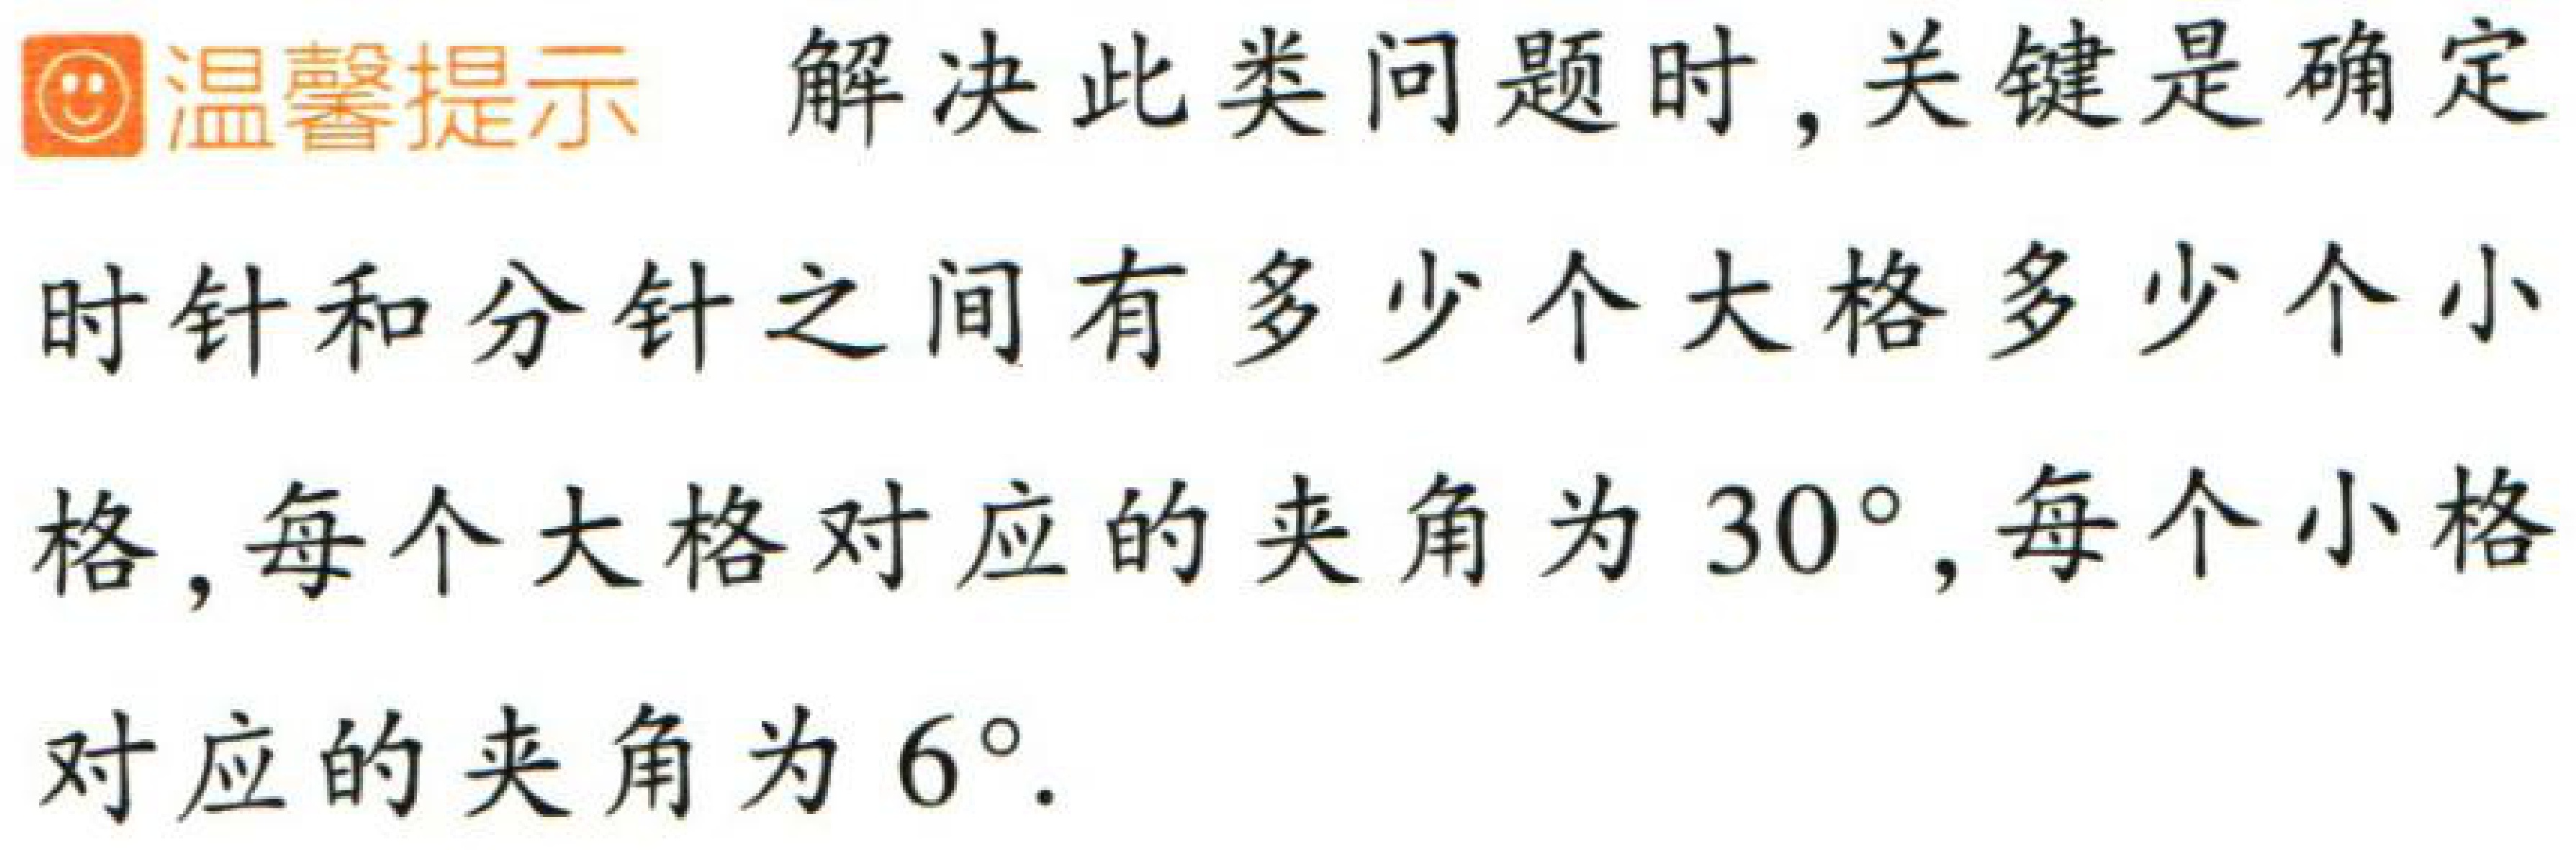
温馨提示 解决此类问题时, 关键是确定时针和分针之间有多少个大格多少个小格, 每个大格对应的夹角为 \(30^{\circ}\), 每个小格对应的夹角为 \(6^{\circ}\).